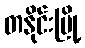
တနိုင်းမြို့